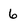
Character: 6